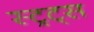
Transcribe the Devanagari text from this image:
स्ट्रट्स